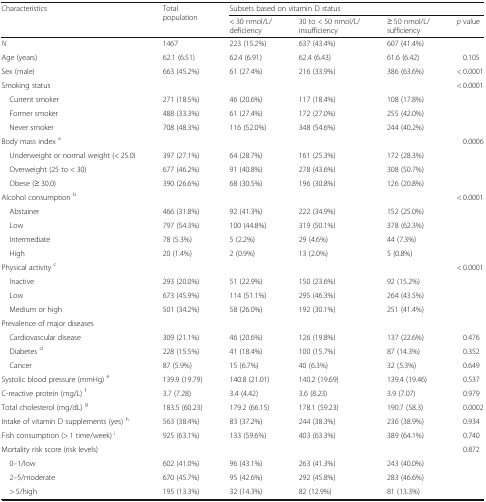
<table><thead><tr><td rowspan="2"><b>Characteristics</b></td><td rowspan="2"><b>Total population</b></td><td colspan="4"><b>Subsets based on vitamin D status</b></td></tr><tr><td><b>&lt; 30 nmol/L/deficiency</b></td><td><b>30 to &lt; 50 nmol/L/insufficiency</b></td><td><b>≥ 50 nmol/L/sufficiency</b></td><td><b><i>p</i> value</b></td></tr></thead><tbody><tr><td><i>N</i></td><td>1467</td><td>223 (15.2%)</td><td>637 (43.4%)</td><td>607 (41.4%)</td><td></td></tr><tr><td>Age (years)</td><td>62.1 (6.51)</td><td>62.4 (6.91)</td><td>62.4 (6.43)</td><td>61.6 (6.42)</td><td>0.105</td></tr><tr><td>Sex (male)</td><td>663 (45.2%)</td><td>61 (27.4%)</td><td>216 (33.9%)</td><td>386 (63.6%)</td><td>&lt; 0.0001</td></tr><tr><td>Smoking status</td><td></td><td></td><td></td><td></td><td>&lt; 0.0001</td></tr><tr><td> Current smoker</td><td>271 (18.5%)</td><td>46 (20.6%)</td><td>117 (18.4%)</td><td>108 (17.8%)</td><td></td></tr><tr><td> Former smoker</td><td>488 (33.3%)</td><td>61 (27.4%)</td><td>172 (27.0%)</td><td>255 (42.0%)</td><td></td></tr><tr><td> Never smoker</td><td>708 (48.3%)</td><td>116 (52.0%)</td><td>348 (54.6%)</td><td>244 (40.2%)</td><td></td></tr><tr><td>Body mass index <sup>a</sup></td><td></td><td></td><td></td><td></td><td>0.0006</td></tr><tr><td> Underweight or normal weight (&lt; 25.0)</td><td>397 (27.1%)</td><td>64 (28.7%)</td><td>161 (25.3%)</td><td>172 (28.3%)</td><td></td></tr><tr><td> Overweight (25 to &lt; 30)</td><td>677 (46.2%)</td><td>91 (40.8%)</td><td>278 (43.6%)</td><td>308 (50.7%)</td><td></td></tr><tr><td> Obese (≥ 30.0)</td><td>390 (26.6%)</td><td>68 (30.5%)</td><td>196 (30.8%)</td><td>126 (20.8%)</td><td></td></tr><tr><td>Alcohol consumption <sup>b</sup></td><td></td><td></td><td></td><td></td><td>&lt; 0.0001</td></tr><tr><td> Abstainer</td><td>466 (31.8%)</td><td>92 (41.3%)</td><td>222 (34.9%)</td><td>152 (25.0%)</td><td></td></tr><tr><td> Low</td><td>797 (54.3%)</td><td>100 (44.8%)</td><td>319 (50.1%)</td><td>378 (62.3%)</td><td></td></tr><tr><td> Intermediate</td><td>78 (5.3%)</td><td>5 (2.2%)</td><td>29 (4.6%)</td><td>44 (7.3%)</td><td></td></tr><tr><td> High</td><td>20 (1.4%)</td><td>2 (0.9%)</td><td>13 (2.0%)</td><td>5 (0.8%)</td><td></td></tr><tr><td>Physical activity <sup>c</sup></td><td></td><td></td><td></td><td></td><td>&lt; 0.0001</td></tr><tr><td> Inactive</td><td>293 (20.0%)</td><td>51 (22.9%)</td><td>150 (23.6%)</td><td>92 (15.2%)</td><td></td></tr><tr><td> Low</td><td>673 (45.9%)</td><td>114 (51.1%)</td><td>295 (46.3%)</td><td>264 (43.5%)</td><td></td></tr><tr><td> Medium or high</td><td>501 (34.2%)</td><td>58 (26.0%)</td><td>192 (30.1%)</td><td>251 (41.4%)</td><td></td></tr><tr><td>Prevalence of major diseases</td><td></td><td></td><td></td><td></td><td></td></tr><tr><td> Cardiovascular disease</td><td>309 (21.1%)</td><td>46 (20.6%)</td><td>126 (19.8%)</td><td>137 (22.6%)</td><td>0.476</td></tr><tr><td> Diabetes <sup>d</sup></td><td>228 (15.5%)</td><td>41 (18.4%)</td><td>100 (15.7%)</td><td>87 (14.3%)</td><td>0.352</td></tr><tr><td> Cancer</td><td>87 (5.9%)</td><td>15 (6.7%)</td><td>40 (6.3%)</td><td>32 (5.3%)</td><td>0.649</td></tr><tr><td>Systolic blood pressure (mmHg) <sup>e</sup></td><td>139.9 (19.79)</td><td>140.8 (21.01)</td><td>140.2 (19.69)</td><td>139.4 (19.46)</td><td>0.537</td></tr><tr><td>C-reactive protein (mg/L) <sup>f</sup></td><td>3.7 (7.28)</td><td>3.4 (4.42)</td><td>3.6 (8.23)</td><td>3.9 (7.07)</td><td>0.979</td></tr><tr><td>Total cholesterol (mg/dL) <sup>g</sup></td><td>183.5 (60.23)</td><td>179.2 (66.15)</td><td>178.1 (59.23)</td><td>190.7 (58.3)</td><td>0.0002</td></tr><tr><td>Intake of vitamin D supplements (yes) <sup>h</sup></td><td>563 (38.4%)</td><td>83 (37.2%)</td><td>244 (38.3%)</td><td>236 (38.9%)</td><td>0.934</td></tr><tr><td>Fish consumption (&gt; 1 time/week) <sup>i</sup></td><td>925 (63.1%)</td><td>133 (59.6%)</td><td>403 (63.3%)</td><td>389 (64.1%)</td><td>0.740</td></tr><tr><td>Mortality risk score (risk levels)</td><td></td><td></td><td></td><td></td><td>0.872</td></tr><tr><td> 0–1/low</td><td>602 (41.0%)</td><td>96 (43.1%)</td><td>263 (41.3%)</td><td>243 (40.0%)</td><td></td></tr><tr><td> 2–5/moderate</td><td>670 (45.7%)</td><td>95 (42.6%)</td><td>292 (45.8%)</td><td>283 (46.6%)</td><td></td></tr><tr><td> &gt; 5/high</td><td>195 (13.3%)</td><td>32 (14.3%)</td><td>82 (12.9%)</td><td>81 (13.3%)</td><td></td></tr></tbody></table>